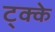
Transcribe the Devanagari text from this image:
ट्क्के